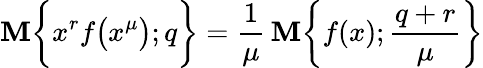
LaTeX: {\cal\mathbf{M}}\bigg\{ x^{r}f\big(x^{\mu}\big);q\bigg\} =\frac{{1}}{{\mu}}\, {\cal\mathbf{M}}\bigg\{ f(x);{\frac{{q+r}}{{\mu}}}\bigg\}